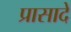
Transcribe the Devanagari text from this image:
प्रासादे